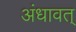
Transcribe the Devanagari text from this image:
अंधावत्